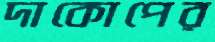
দাকোপের